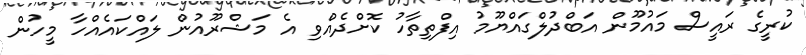
ކުރީގެ ރައީސް މައުމޫން އަބްދުލްގައްޔޫމު އިފްތިތާހު ކޮށްދެއްވި އެ މަޝްރޫއުން ލައްކައެއްހާ މީހުން